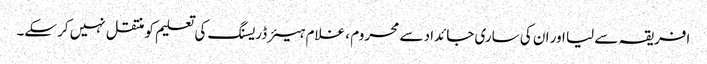
افریقہ سے لیا اور ان کی ساری جائداد سے محروم ، غلام ہیئر ڈریسنگ کی تعلیم کو منتقل نہیں کرسکے۔